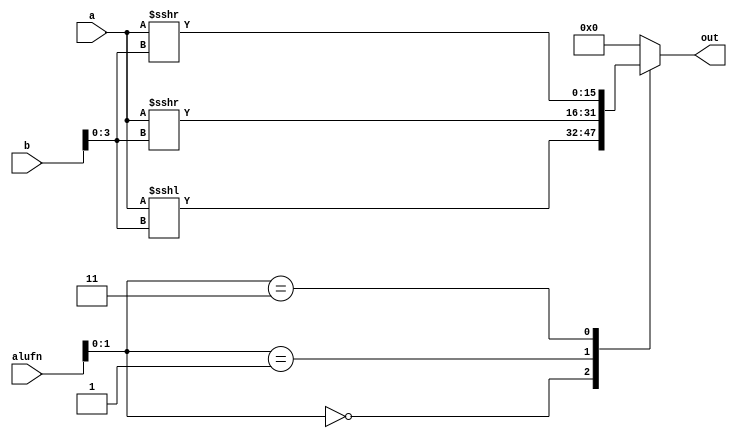
module shifter16_8 (
    input [15:0] a,
    input [15:0] b,
    input [5:0] alufn,
    output reg [15:0] out
  );
  
  
  
  always @* begin
    
    case (alufn[0+1-:2])
      2'h0: begin
        out = a <<< b[0+3-:4];
      end
      2'h1: begin
        out = a >>> b[0+3-:4];
      end
      2'h3: begin
        out = $signed(a) >>> b[0+3-:4];
      end
      default: begin
        out = 1'h0;
      end
    endcase
  end
endmodule